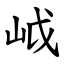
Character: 㞽